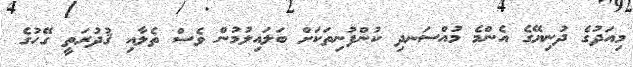
މިއަދުގެ ދުނިޔޭގެ އެންމެ މުއްސަނދި ކުންފުނިތަކަށް ބަލައިލުމުން ވެސް ތެލާއި ޤުދުރަތީ ގޭހުގެ